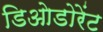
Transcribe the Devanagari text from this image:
डिओडोरेंट